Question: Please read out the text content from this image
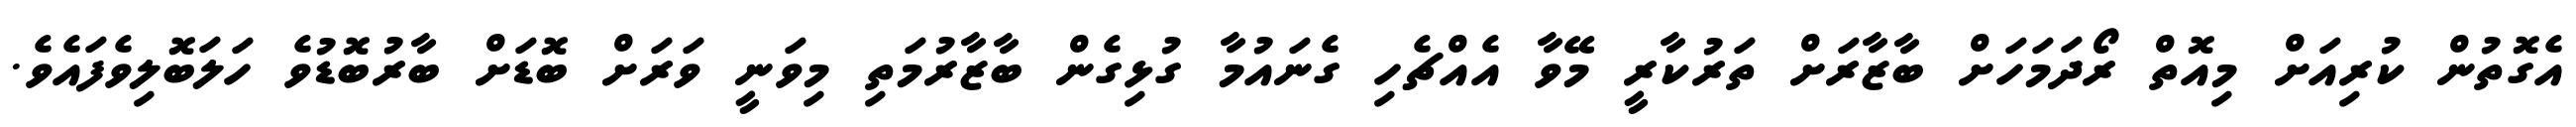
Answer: އެގޮތުން ކުރިއަށް މިއޮތް ރޯދަމަހަށް ބާޒާރަށް ތަރުކާރީ މޭވާ އެއްޗެހި ގެނައުމާ ގުޅިގެން ބާޒާރުމަތި މިވަނީ ވަރަށް ބޮޑަށް ބާރުބޮޑުވެ ހަލަބޮލިވެފައެވެ.